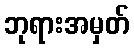
ဘုရားအမှတ်